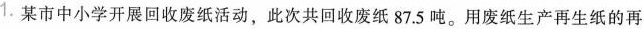
1.某市中小学开展回收废纸活动，此次共回收废纸87.5吨。用废纸生产再生纸的再